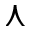
\curlywedge